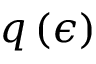
q \left( \epsilon \right)